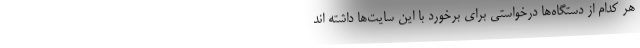
هر کدام از دستگاه‌ها درخواستی برای برخورد با این سایت‌ها داشته اند